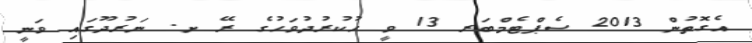
އެގޮތުން 2013 ސެޕްޓެމްބަރ 13 ވީ ހުކުރުދުވަހުގެ ރޭ ށ. ނަރުދޫގައި ވަނީ